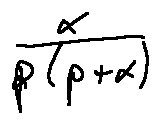
\frac { \alpha } { p ( p + \alpha ) }